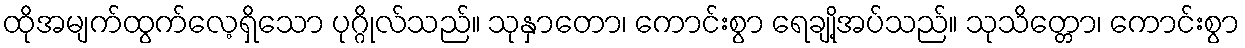
ထိုအမျက်ထွက်လေ့ရှိသော ပုဂ္ဂိုလ်သည်။ သုနှာတော၊ ကောင်းစွာ ရေချို့အပ်သည်။ သုသိတ္တော၊ ကောင်းစွာ